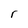
Character: r